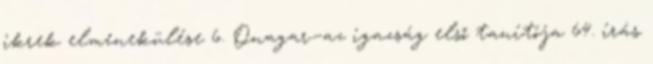
ikrek elmenekülése 6. Onagar—az igazság első tanítója 64. írás